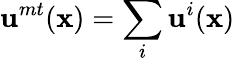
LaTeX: \mathbf{u}^{mt}(\mathbf{x})=\sum_{i}\mathbf{u}^{i}(\mathbf{x})